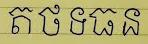
ត ថ ទ ធ ន